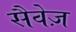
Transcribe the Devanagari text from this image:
सैवेज़